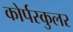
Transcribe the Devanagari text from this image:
कोर्पस्कुलर